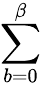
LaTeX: \sum_{b=0}^{\beta}